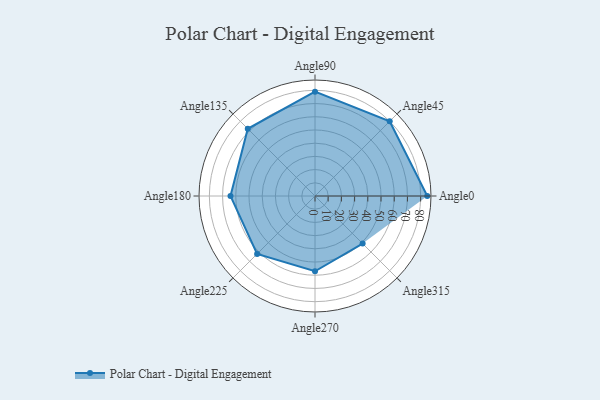
{"axis": {"x": "Angle", "y": "Radius"}, "legend": [""], "data": [{"x": "Angle0", "y": 85.0, "type": ""}, {"x": "Angle45", "y": 80.0, "type": ""}, {"x": "Angle90", "y": 79.0, "type": ""}, {"x": "Angle135", "y": 72.0, "type": ""}, {"x": "Angle180", "y": 64.0, "type": ""}, {"x": "Angle225", "y": 62.0, "type": ""}, {"x": "Angle270", "y": 57.0, "type": ""}, {"x": "Angle315", "y": 51.0, "type": ""}]}